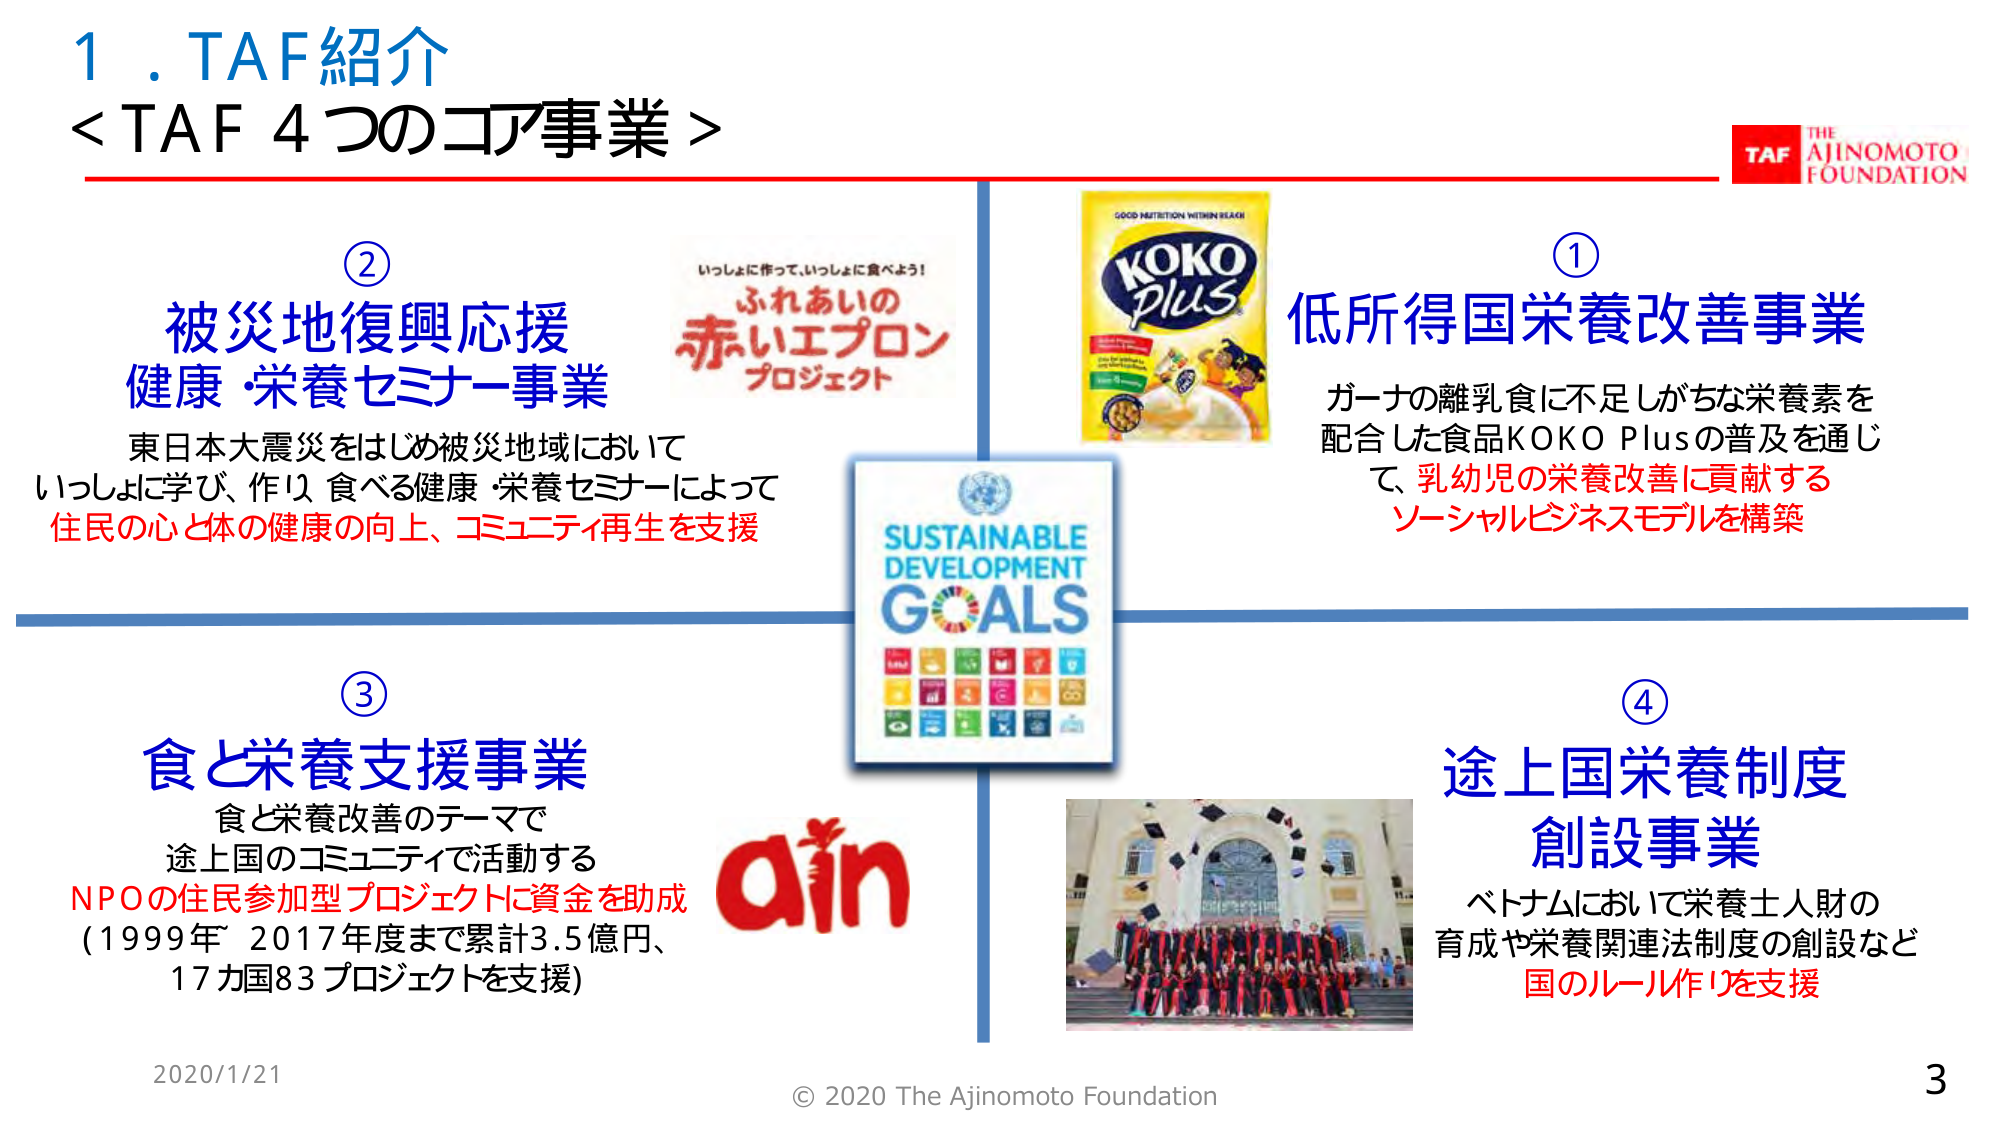
1. TAF紹介
<TAF 4つのコア事業>

②
被災地復興応援
健康・栄養セミナー事業
東日本大震災をはじめ被災地域において
いっしょに学び、作り、食べる健康・栄養セミナーによって
住民の心と体の健康の向上、コミュニティ再生を支援

①
低所得国栄養改善事業
ガーナの離乳食に不足しがちな栄養素を
配合した食品KOKO Plusの普及を通じて、乳幼児の栄養改善に貢献する
ソーシャルビジネスモデルを構築

③
食と栄養支援事業
食と栄養改善のテーマで
途上国のコミュニティで活動する
NPOの住民参加型プロジェクトに資金を助成
（1999年～2017年度まで累計3.5億円、
17カ国83プロジェクトを支援）

④
途上国栄養制度
創設事業
ベトナムにおいて栄養士人財の
育成や栄養関連法制度の創設など
国のルール作りを支援

いっしょに作って、いっしょに食べよう！
ふれあいの
赤いエプロン
プロジェクト

GOOD NUTRITION WITHIN REACH
KOKO
Plus

SUSTAINABLE
DEVELOPMENT
GOALS

ain

TAF
THE
AJINOMOTO
FOUNDATION

2020/1/21
© 2020 The Ajinomoto Foundation
3